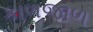
કાળજાળ